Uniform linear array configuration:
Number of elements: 32
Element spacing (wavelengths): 0.5
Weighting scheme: binomial
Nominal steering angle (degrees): -30
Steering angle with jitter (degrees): -28.604
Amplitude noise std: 0.05
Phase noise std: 0.05

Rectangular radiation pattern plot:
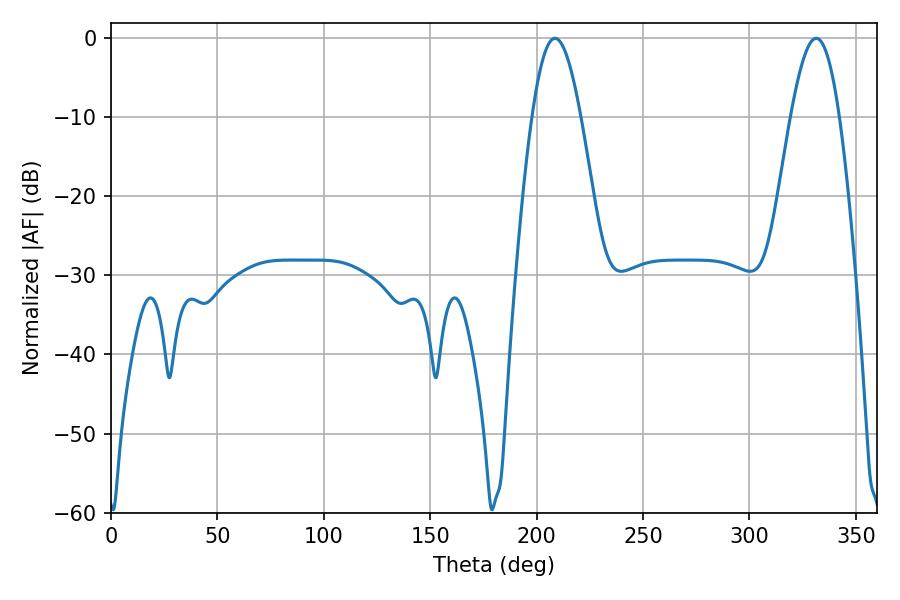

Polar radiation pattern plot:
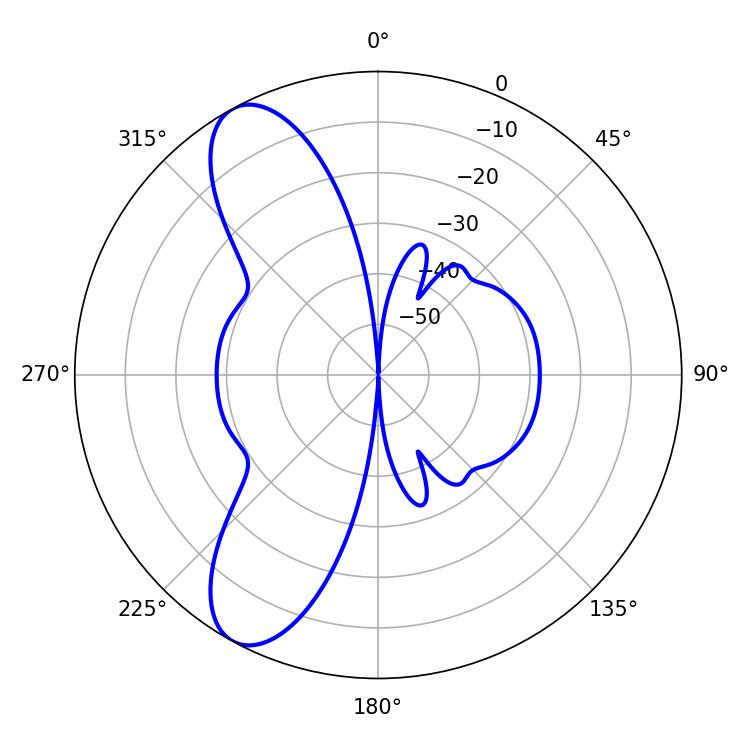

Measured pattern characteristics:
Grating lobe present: FALSE
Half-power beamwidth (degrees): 12.24
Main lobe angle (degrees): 331.38